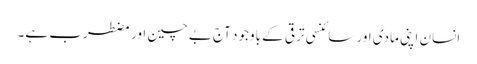
انسان اپنی مادی اور سائنسی ترقی کے باوجود آج بےچین اور مضطرب ہے۔